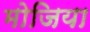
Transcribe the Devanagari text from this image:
मोजिया